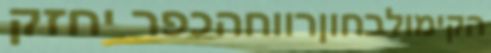
הקימולבחוןרווחהכפר יחזק